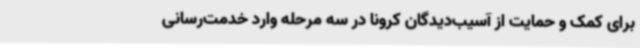
برای کمک و حمایت از آسیب‌دیدگان کرونا در سه مرحله وارد خدمت‌رسانی